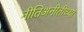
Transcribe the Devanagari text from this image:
नीतिअनीतीच्या